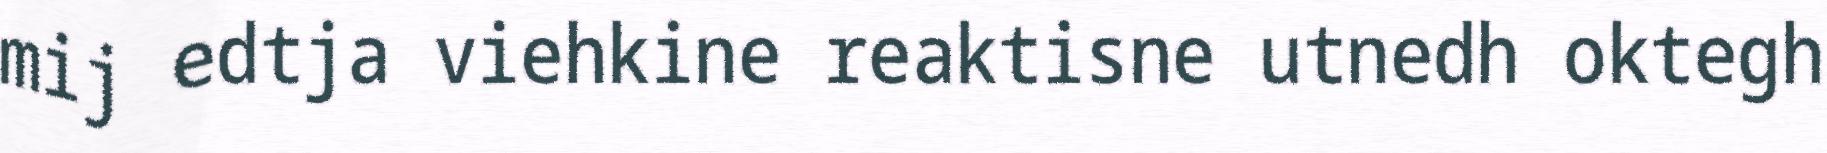
mij edtja viehkine reaktisne utnedh oktegh